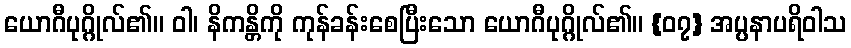
ယောဂီပုဂ္ဂိုလ်၏။ ဝါ၊ နိကန္တိကို ကုန်ခန်းစေပြီးသော ယောဂီပုဂ္ဂိုလ်၏။ {၀၇} အပ္ပနာပရိဝါသ